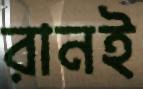
রানই